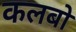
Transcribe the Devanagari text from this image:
कलबो